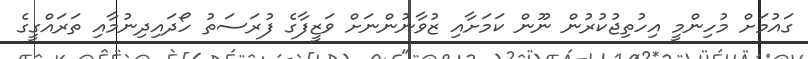
ގައުމަށް މުހިންމީ އިހުތިޖުކުރުން ނޫން ކަަމަށާއި ޒުވާނުންނަށް ވަޒީފާގެ ފުރަސަތު ހޯދައިދިނުމާއި ތަރައްގީގެ